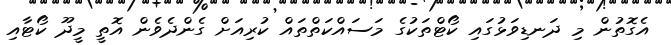
އެގޮތުން މި ދަނޑިވަޅުގައި ކޯޓްތަކުގެ މަސައްކަތްތައް ކުރިއަށް ގެންދެވެން އޮތީ މީދޫ ކޯޓާއި